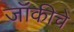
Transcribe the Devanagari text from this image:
जॉकीचे